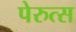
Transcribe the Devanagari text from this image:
पेरुत्स